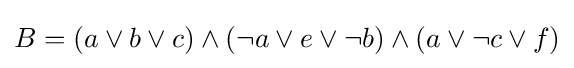
B=(a\lor b\lor c)\wedge (\neg a\lor e\lor \neg b)\wedge (a\lor \neg c\lor f)